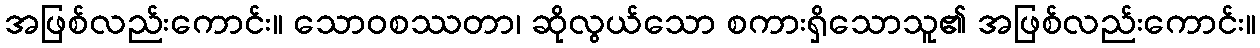
အဖြစ်လည်းကောင်း။ သောဝစဿတာ၊ ဆိုလွယ်သော စကားရှိသောသူ၏ အဖြစ်လည်းကောင်း။